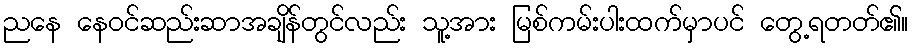
ညနေ နေဝင်ဆည်းဆာအချိန်တွင်လည်း သူ့အား မြစ်ကမ်းပါးထက်မှာပင် တွေ့ရတတ်၏။